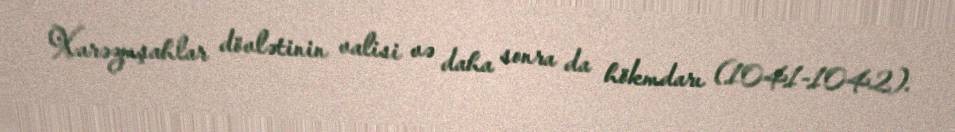
Xarəzmşahlar dövlətinin valisi və daha sonra da hökmdarı (1041-1042).